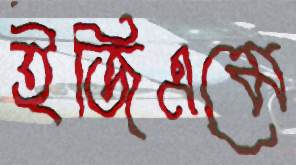
ইজিএমে